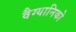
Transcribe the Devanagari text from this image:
वैग्यानिको